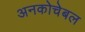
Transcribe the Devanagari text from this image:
अनकोचेबल